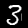
Digit: 3